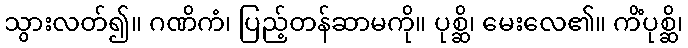
သွားလတ်၍။ ဂဏိကံ၊ ပြည့်တန်ဆာမကို။ ပုစ္ဆိ၊ မေးလေ၏။ ကိံပုစ္ဆိ၊